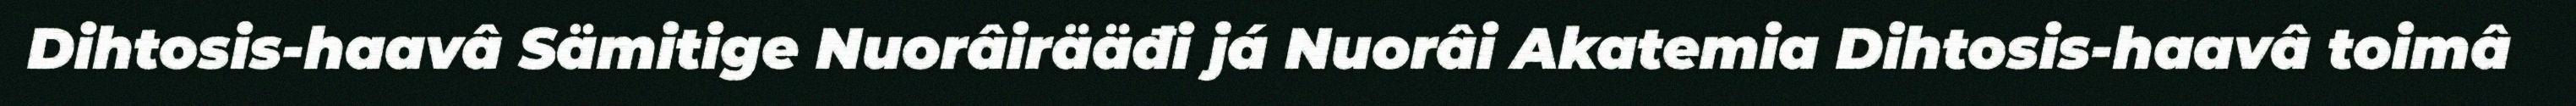
Dihtosis-haavâ Sämitige Nuorâirääđi já Nuorâi Akatemia Dihtosis-haavâ toimâ